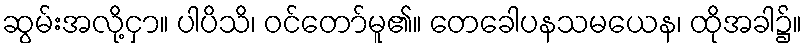
ဆွမ်းအလို့ငှာ။ ပါပိသိ၊ ဝင်တော်မူ၏။ တေခေါပနသမယေန၊ ထိုအခါ၌။